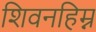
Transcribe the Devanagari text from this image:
शिवनहिम्न